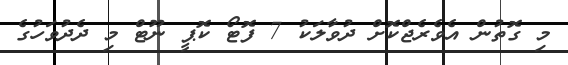
މި ގޮތުން އެވެރެޖްކޮށް ދުވާލަކު 7 ފޮޓޯ ކޮޕީ ނޫޓް މި ދެދުވަހުގެ